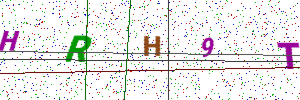
Text: HRH9T